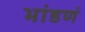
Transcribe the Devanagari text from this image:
भांडणं